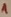
Text: 1